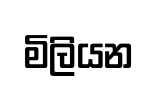
මිලියන